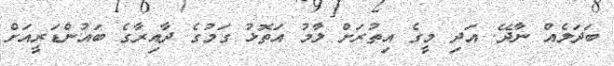
ބަދަލެއް ނާދޭ. އަދި މީގެ އިތުރަށް ލާމު އަތޮޅު ގަމުގެ ދާއިރާގެ ބައުންޑަރީއަށް